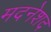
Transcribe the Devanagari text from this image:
मदनेशद